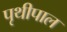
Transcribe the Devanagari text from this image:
पृथीपाल